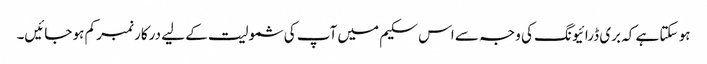
ہو سکتا ہے کہ بری ڈرائیونگ کی وجہ سے اس سکیم میں آپ کی شمولیت کے لیے درکار نمبر کم ہو جائیں۔